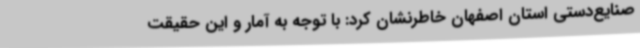
صنایع‌دستی استان اصفهان خاطرنشان کرد: با توجه به آمار و این حقیقت